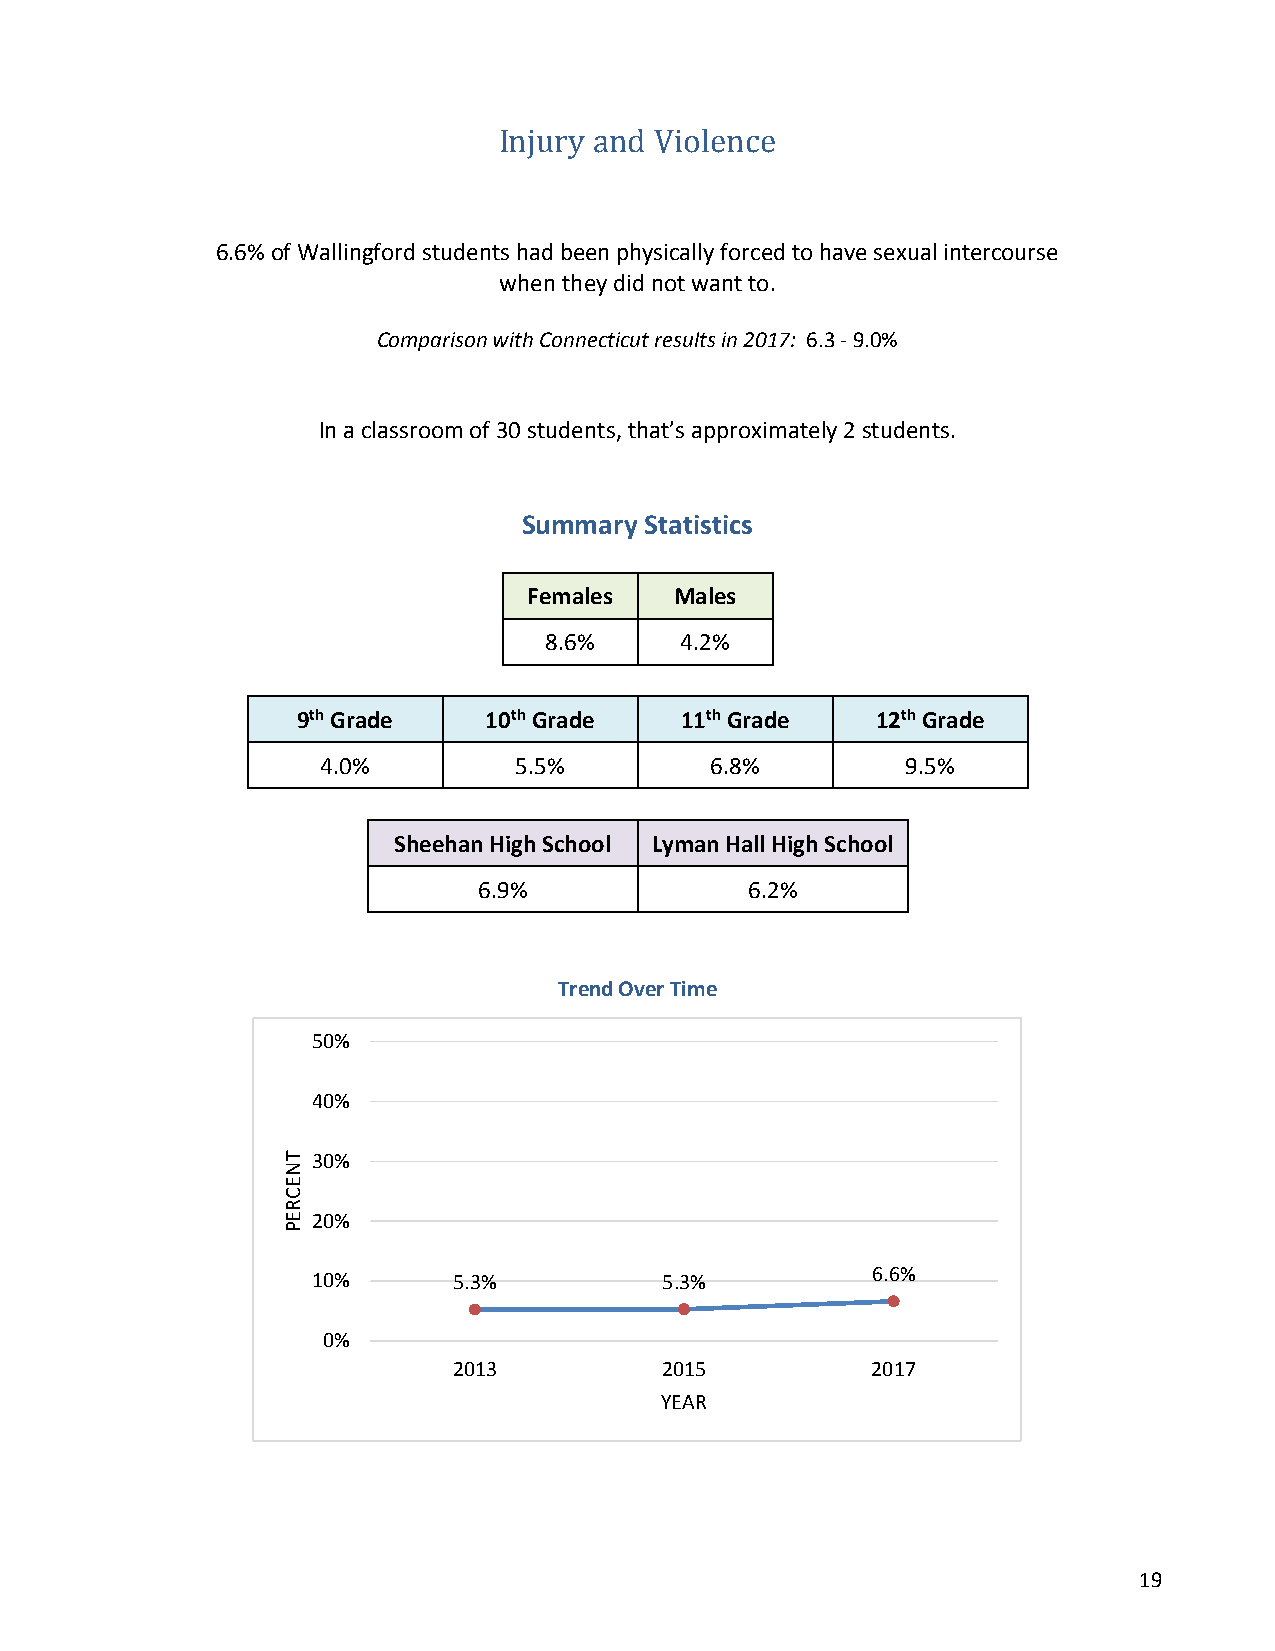
Injury and Violence
 6.6% of Wallingford students had been physically forced to have sexual intercourse
 when they did not want to.
 Comparison with Connecticut results in 2017: 6.3 - 9.0%
 In a classroom of 30 students, that’s approximately 2 students.
 Summary Statistics
 Females   Males
 8.6%     4.2%
 9th Grade   10th Grade   11th Grade   12th Grade
 4.0%         5.5%         6.8%         9.5%
 Sheehan High School Lyman Hall High School
 6.9%              6.2%
 Trend Over Time
 50%
 40%
 30%
 20%
 6.6%
 10%      5.3%          5.3%
 0%
 2013          2015          2017
 YEAR
 19
 TNECREP